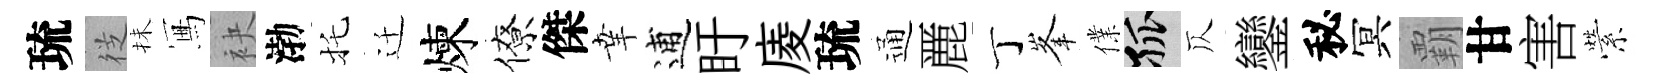
琉徔抺冩袂渤托迁煉僚傑𦍒逋盱庱琉通䴡丁峯㒒孤仄鑾秘冥覇甘害縈